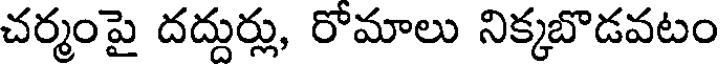
చర్మంపై దద్దుర్లు, రోమాలు నిక్కబొడవటం